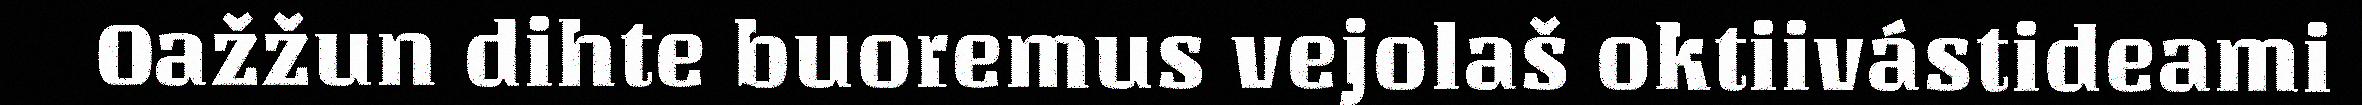
Oažžun dihte buoremus vejolaš oktiivástideami